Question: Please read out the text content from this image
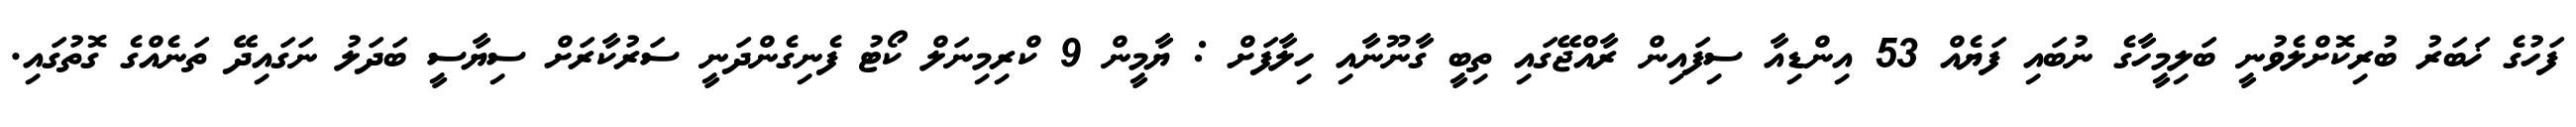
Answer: ފަހުގެ ޚަބަރު ބުރިކޮށްލެވުނީ ބަލިމީހާގެ ނުބައި ފަޔެއް 53 އިންޑިއާ ސިފައިން ރާއްޖޭގައި ތިބީ ގާނޫނާއި ހިލާފަށް : ޔާމީން 9 ކްރިމިނަލް ކޯޓު ފެނިގެންދަނީ ސަރުކާރަށް ސިޔާސީ ބަދަލު ނަގައިދޭ ތަނެއްގެ ގޮތުގައި.